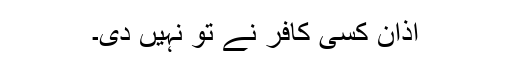
اذان کسی کافر نے تو نہیں دی۔